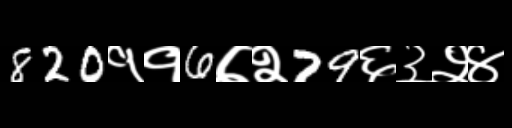
Text: 820११6७२79६३२४